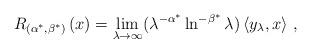
LaTeX: \begin{align*}R_{\left( \alpha^{\ast},\beta^{\ast}\right) }\left( x\right)=\lim_{\lambda\rightarrow\infty}(\lambda^{-\alpha^{\ast}}\ln^{-\beta^{\ast}}\lambda)\left\langle y_{\lambda},x\right\rangle \,, \end{align*}